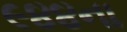
૯૪૪ના